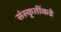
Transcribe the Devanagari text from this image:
संस्कृतींकडे